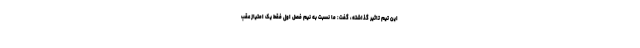
این تیم تاثیر گذاشته، گفت: ما نسبت به نیم فصل اول فقط یک امتیاز عقب